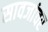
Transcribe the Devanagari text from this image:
सावजांवर